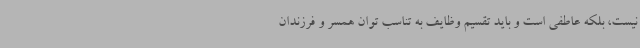
نیست، بلکه عاطفی است و باید تقسیم وظایف به تناسب توان همسر و فرزندان